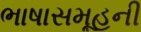
ભાષાસમૂહની